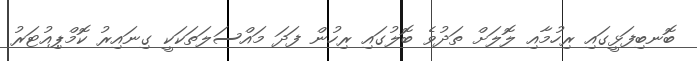
ބޮނބިފަޅީގައި ރިހުމާއި ލޮލަށް ތަދުވެ ބޮލުގައި ރިހުން ފަދަ މައްސަލަތަކަކީ ގިނައިރު ކޮމްޕިއުޓަރު